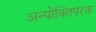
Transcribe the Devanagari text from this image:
अन्योक्तिपरक